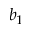
b _ { 1 }